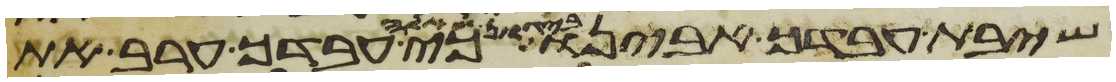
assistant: שיבת עבדך אבינו ביגון שאלה כי עבדך ערב את